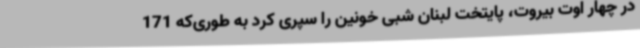
در چهار اوت بیروت، پایتخت لبنان شبی خونین را سپری کرد به طوری‌که 171